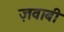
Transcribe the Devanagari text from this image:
ज़वाबी